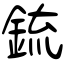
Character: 鋶